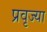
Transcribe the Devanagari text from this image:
प्रवृज्या